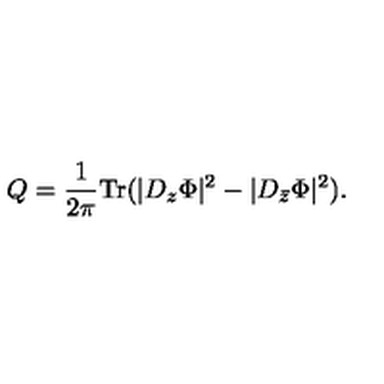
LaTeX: Q = \frac { 1 } { 2 \pi } \mathrm { T r } ( | D _ { z } \Phi | ^ { 2 } - | D _ { \bar { z } } \Phi | ^ { 2 } ) .